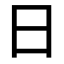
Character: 日